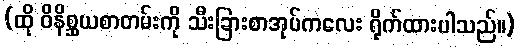
(ထို ဝိနိစ္ဆယစာတမ်းကို သီးခြားစာအုပ်ကလေး ရိုက်ထားပါသည်။)